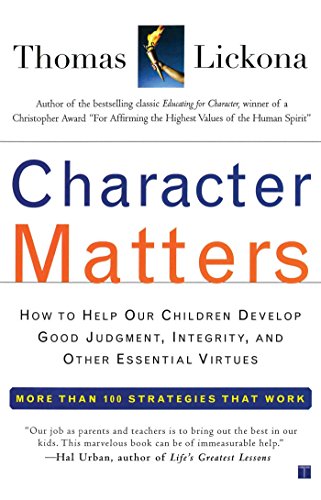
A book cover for Character Matters: How to Help Our Children Develop Good Judgment, Integrity, and Other Essential Virtues; Thomas Lickona; Politics & Social Sciences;